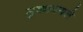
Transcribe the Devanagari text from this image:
मुकावयले